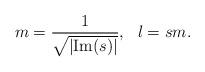
LaTeX: \begin{align*}m = \frac{1}{\sqrt{|\mbox{Im}(s)|}}, \ \ \l = sm.\end{align*}